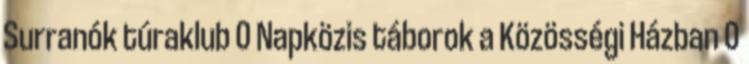
Surranók túraklub 0 Napközis táborok a Közösségi Házban 0